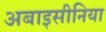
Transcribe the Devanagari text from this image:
अबाइसीनिया